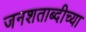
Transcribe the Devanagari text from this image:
जनशताब्दीच्या